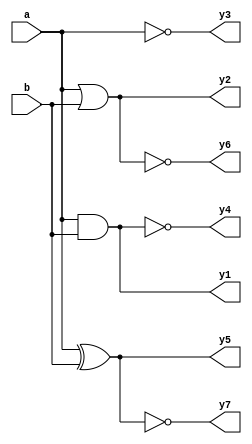
`timescale 1ns / 1ps
//////////////////////////////////////////////////////////////////////////////////
// Company: 
// Engineer: 
// 
// Design Name: 
// Module Name: logicgate
// Project Name: 
// Target Devices: 
// Tool Versions: 
// Description: 
// 
// Dependencies: 
// 
// Revision:
// Revision 0.01 - File Created
// Additional Comments:
// 
//////////////////////////////////////////////////////////////////////////////////

module logicgate(output reg y1, y2, y3, y4, y5, y6, y7, input a, b);

  always @ *
  begin
    y1 = a & b;//and gate output 1 if both inputs are 1 else 0
    y2 = a | b;// or gate output 1 if any one of the input is 1
    y3 = ~a;// not gate output is 0 if input is 1 and vice-versa
    y4 = ~(a & b);// nand gate complementary of and gate
    y5 = a ^ b;//xorgate output is 0 if both inputs are 0 or 1
    y6 = ~(a | b);//nor gate performs complementary operation of or gate 
    y7 = ~(a ^ b);//xnor gate performs compleemtary operation of xor gate 
  end
endmodule